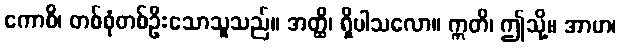
ကောစိ၊ တစ်စုံတစ်ဦးသောသူသည်။ အတ္ထိ၊ ရှိပါသလော။ ဣတိ၊ ဤသို့။ အာဟ၊